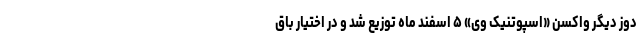
دوز دیگر واکسن «اسپوتنیک وی» ۵ اسفند ماه توزیع شد و در اختیار باق